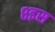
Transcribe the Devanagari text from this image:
८इस